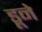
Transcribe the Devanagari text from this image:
डूने